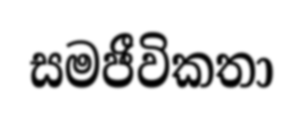
සමජීවිකතා